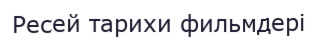
Ресей тарихи фильмдері